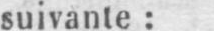
suivante: